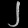
Digit: ၂